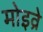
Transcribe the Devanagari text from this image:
मोइव्रे